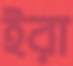
ইরা